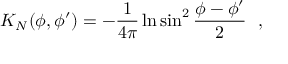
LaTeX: K _ { N } ( \phi , \phi ^ { \prime } ) = - { \frac { 1 } { 4 \pi } } \ln \sin ^ { 2 } { \frac { \phi - \phi ^ { \prime } } { 2 } } ~ ~ ,